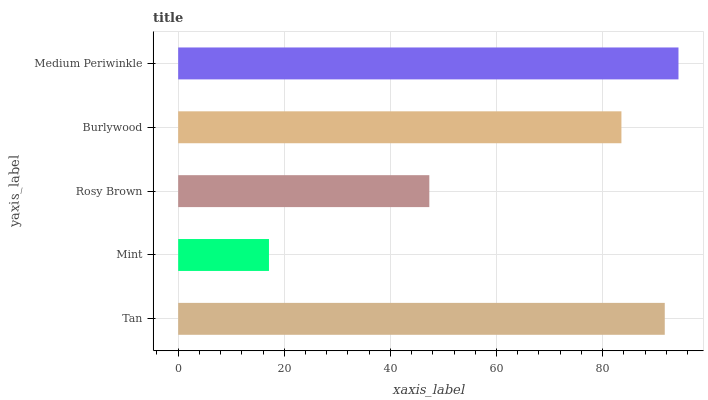
| yaxis_label | bars |
 | --- | --- |
 | Tan | 91.7 |
 | Mint | 17.1 |
 | Rosy Brown | 47.3 |
 | Burlywood | 83.6 |
 | Medium Periwinkle | 94.3 |